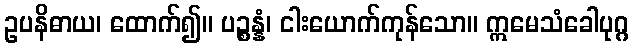
ဥပနိဓာယ၊ ထောက်၍။ ပဉ္စန္နံ၊ ငါးယောက်ကုန်သော။ ဣမေသံခေါပုဂ္ဂ